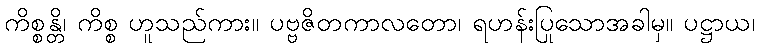
ကိစ္စန္တိ၊ ကိစ္စ ဟူသည်ကား။ ပဗ္ဗဇိတကာလတော၊ ရဟန်းပြုသောအခါမှ။ ပဋ္ဌာယ၊